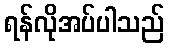
ရန်လိုအပ်ပါသည်